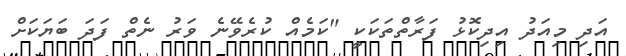
އަދި މިއަދު އިދިކޮޅު ފަރާތްތަކަކީ "ކަމެއް ކުރެވޭނެ ވަރު ނެތް ފަދަ ބަޔަކަށް